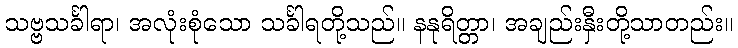
သဗ္ဗသင်္ခါရာ၊ အလုံးစုံသော သင်္ခါရတို့သည်။ နနုရိတ္တာ၊ အချည်းနှီးတို့သာတည်း။